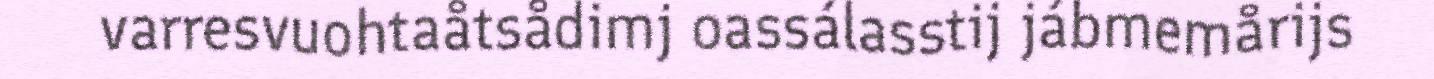
varresvuohtaåtsådimj oassálasstij jábmemårijs